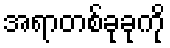
အရာတစ်ခုခုကို